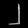
Digit: ၂